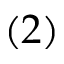
( 2 )